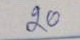
20